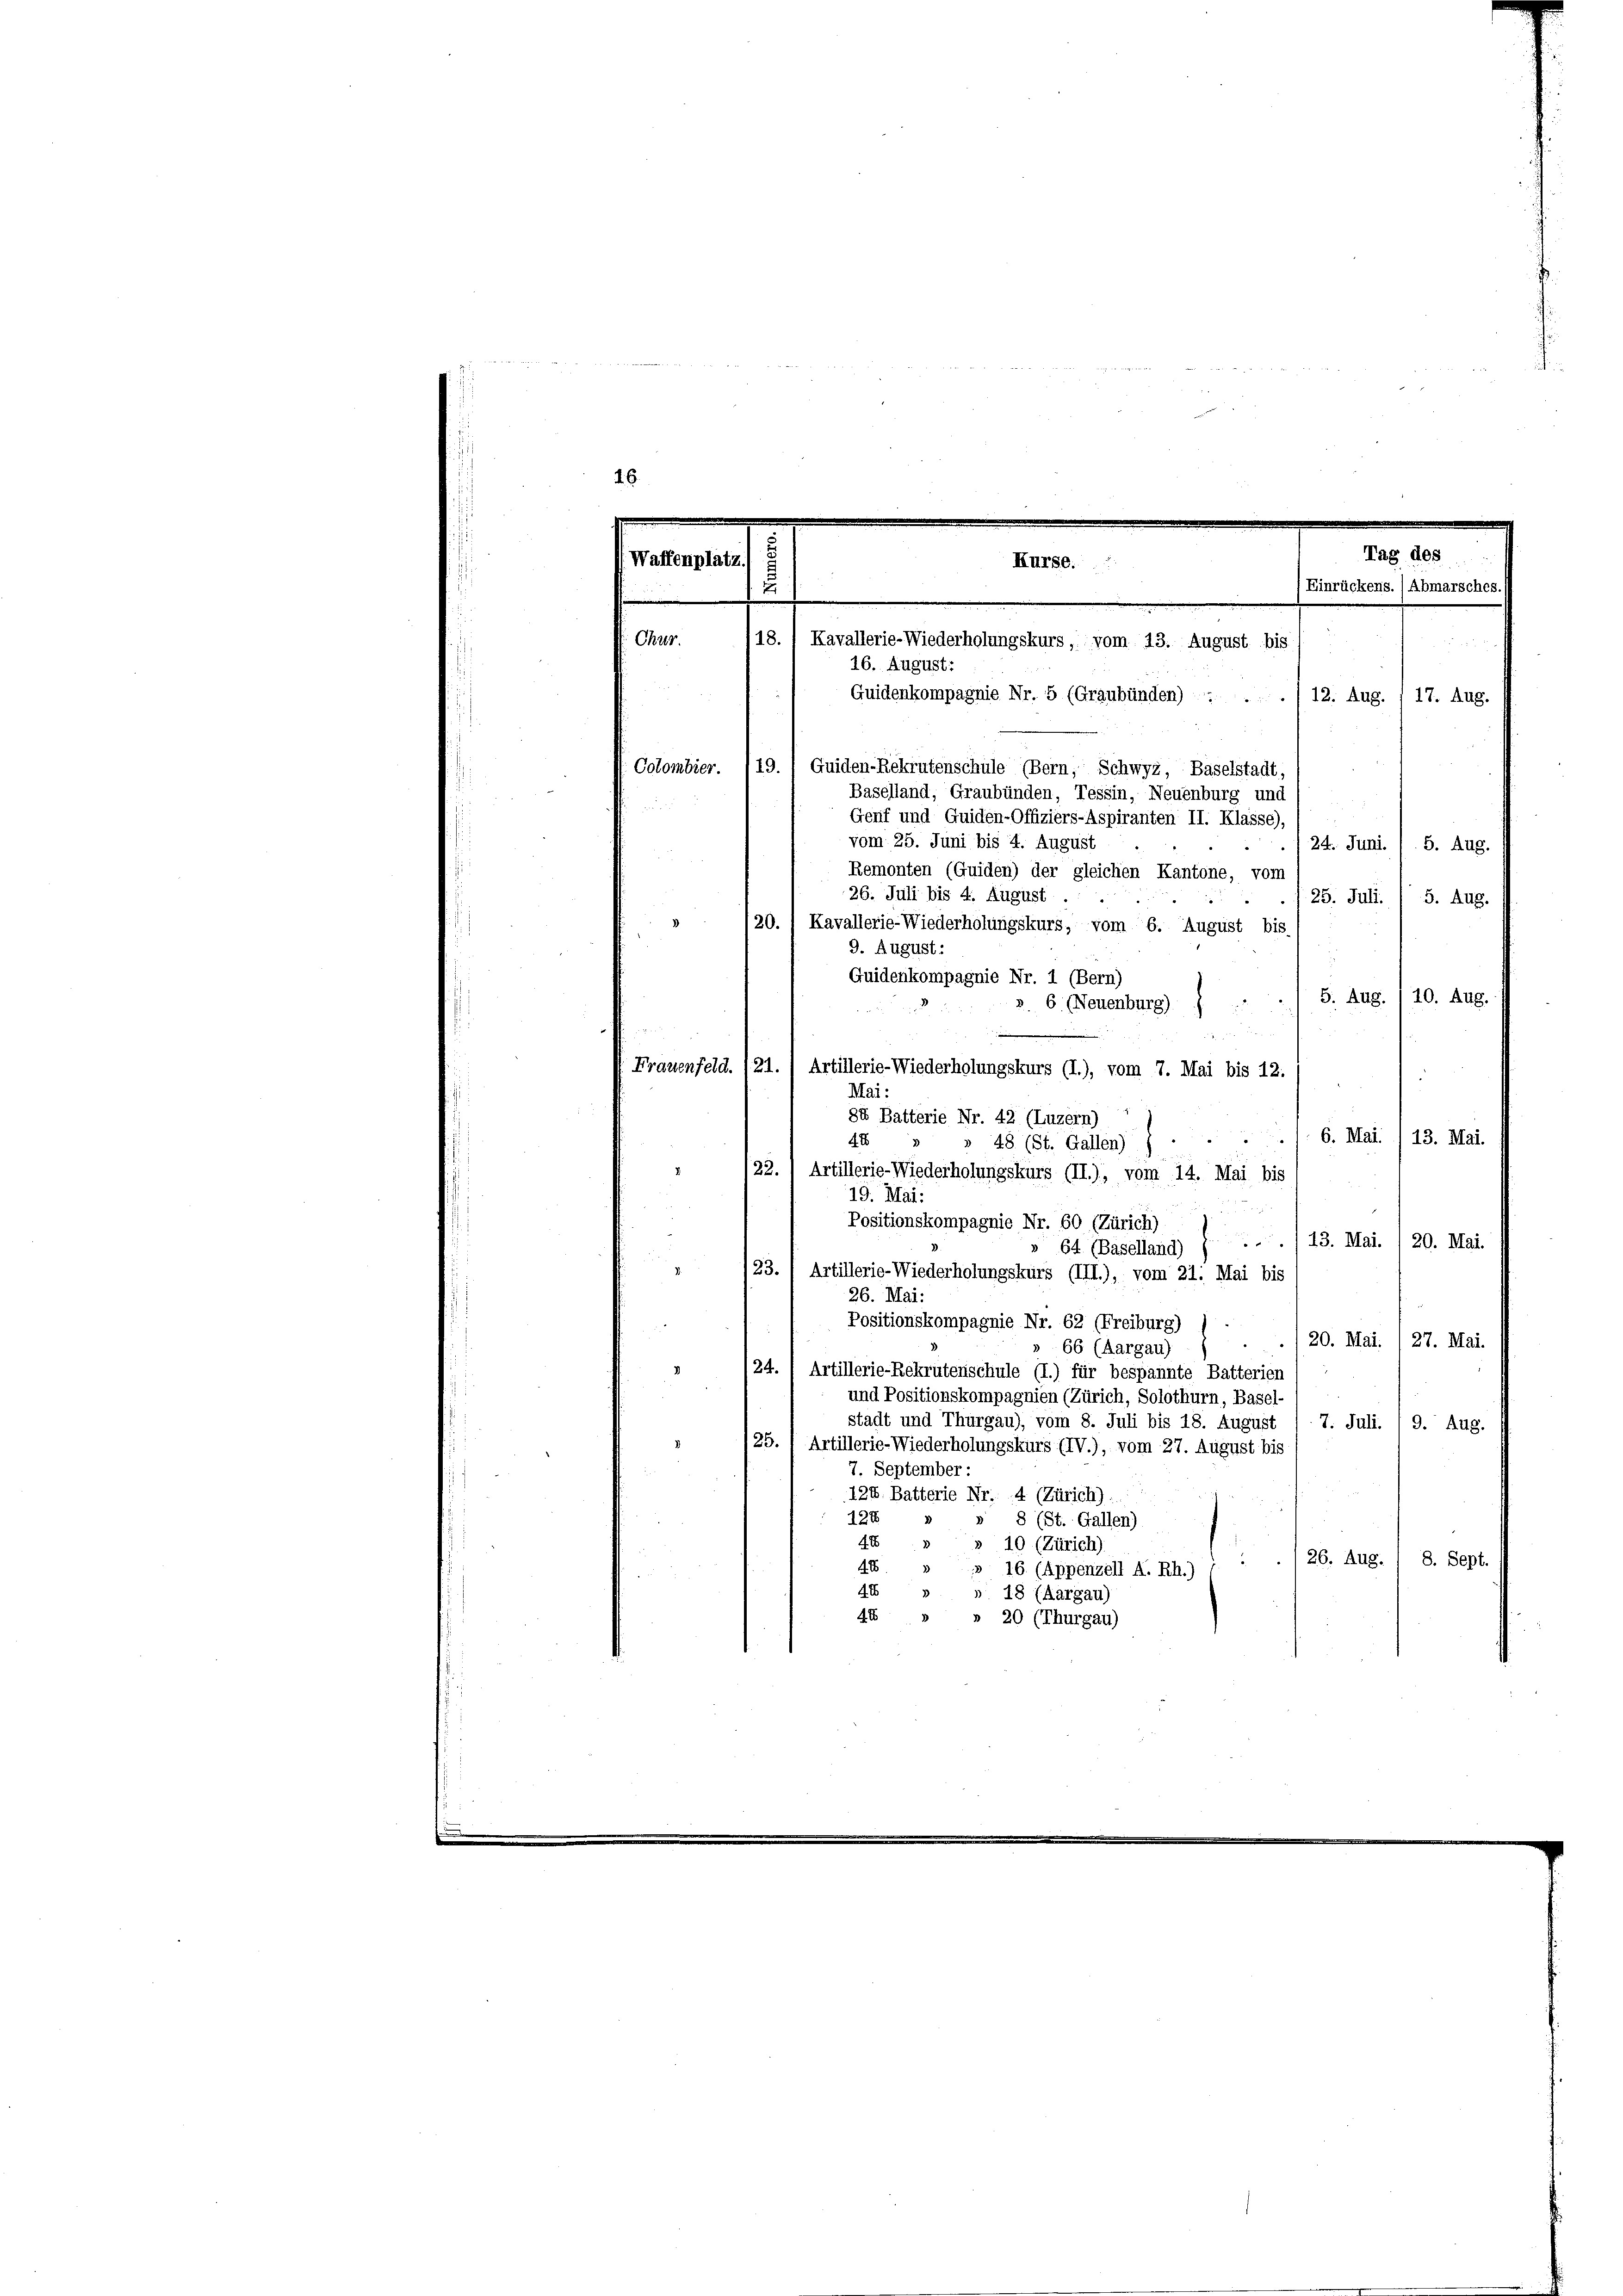
16. August:
Guidenkompagnie Nr. 5 (Graubünden)
12. Aug. 1 17. Aug.
Colombier. 119., Guiden-Rekrutenschule (Bern, Schwyz, Baselstadt,
Baselland, Graubünden, Tessin, Neuenburg und
Genf und Guiden-Offiziers-Aspiranten II. Klasse),
vom 25. Juni bis 4. August
24. Juni. / 5. Aug.
Remonten (Guiden) der gleichen Kantone, vom
26. Juli bis 4. August.
25. Juli 5. Aug.
3
20.) Kavallerie-Wiederholungskurs, vom 6. August bis
9. August:
Quidenkompagnie Nr. 1 (Bern
5. Aug. 110. Aug.
» 6 (Neuenburg)
Frauenfeld. 121.) Artillerie-Wiederholungskurs (I.), vom 7. Mai bis 12.
Mai:
gen
84 Batterie Nr. 42 (Luzern)
.1. 6. Mai. /13. Mai.
4x
» 48 (St. Gallen)
25.) Artillerie-Wiederholungskurs (II), vom 14. Mai bis
19. Mai:
Positionskompagnie Nr. 60 (Zürich)
/23. Mai. / 20. Mai.
64 (Baselland)
u
23. / Artillerie-Wiederholungskurs (III.), vom 21. Mai bis
26. Mai:
Positionskompagnie Nr. 62 (Freiburg) ) -
20. Mai. /27. Mai.
66 (Aargau)
124. Artillerie-Rekrutenschule (I.) für bespannte Batterien)
und Positionskompagnien (Zürich, Solothurn, Basel-
stadt und Thurgau), vom 8. Juli bis 18. August / 7. Juli. , 9. Aug.
/25. 1 Artillerie-Wiederholungskurs (IV.), vom 27. August bis
7. September:
124. Batterie Nr. 4 (Zürich).
127
 8 (St. Gallen)
44 " " 10 (Zürich)
26. Aug. / 8. Sept.
44 » » 16 (Appenzell A. Rh.)
44 » » 18 (Aargau)
44 " " 20 (Thurgau)

Tag des
sament.
Kurse.
u
Einrückens. /Abmarsches.
18.
Chur.
Kavallerie-Wiederholungskurs, vom 13. August bis

46